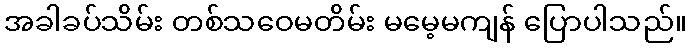
အခါခပ်သိမ်း တစ်သဝေမတိမ်း မမေ့မကျန် ပြောပါသည်။